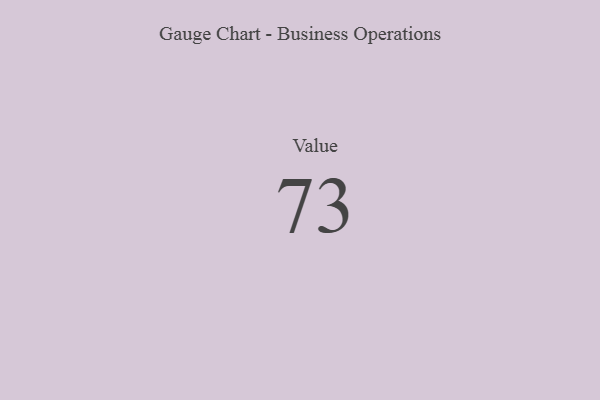
{"axis": {"x": "Metric", "y": "Value"}, "legend": [""], "data": [{"x": "Value", "y": 73, "type": ""}]}